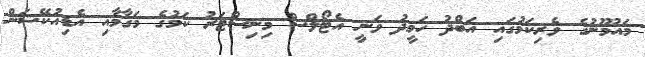
މައުމޫނުގެ ވެރިކަމުގައި އަބްދު ހަމީދު ވަނީ އެޓޯލްސް މިނިސްޓަރު ކަމުގެ މަގާމާއި އެޑިއުކޭޝަން